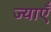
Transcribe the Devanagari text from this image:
ज्याएँ